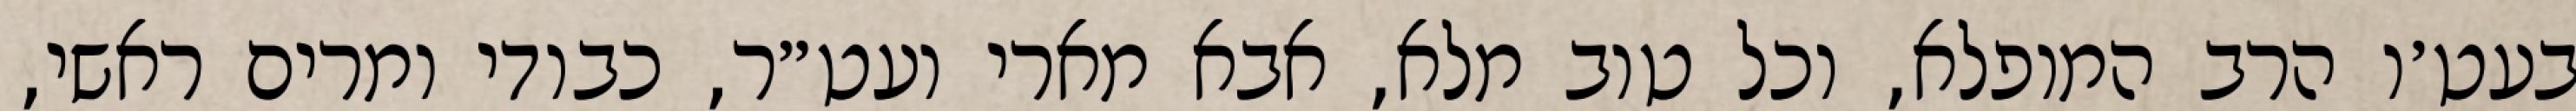
בעט׳ו הרב המופלא, וכל טוב מלא, אבא מארי ועט״ר, כבודי ומרים ראשי,